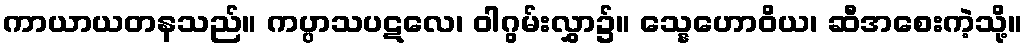
ကာယာယတနသည်။ ကပ္ပာသပဋလေ၊ ဝါဂွမ်းလွှာ၌။ သ္နေဟောဝိယ၊ ဆီအစေးကဲ့သို့။